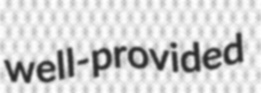
well-provided